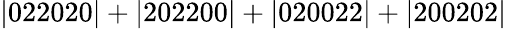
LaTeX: \mathrm{|022020|+|202200|+|020022|+|200202|}